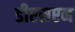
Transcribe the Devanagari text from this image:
डीएसएन